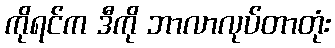
ကိုရင်က ဒီကို ဘာလာလုပ်တာတုံး